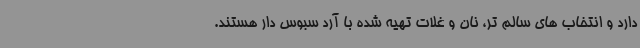
دارد و انتخاب های سالم تر، نان و غلات تهیه شده با آرد سبوس دار هستند.